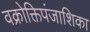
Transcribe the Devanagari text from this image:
वक्रोक्तिपंजाशिका